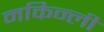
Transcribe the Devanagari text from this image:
मकिन्ली